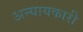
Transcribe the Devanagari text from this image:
अन्यायकारी